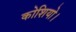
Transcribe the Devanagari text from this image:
कोशियो।